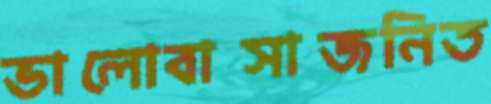
ভালোবাসাজনিত